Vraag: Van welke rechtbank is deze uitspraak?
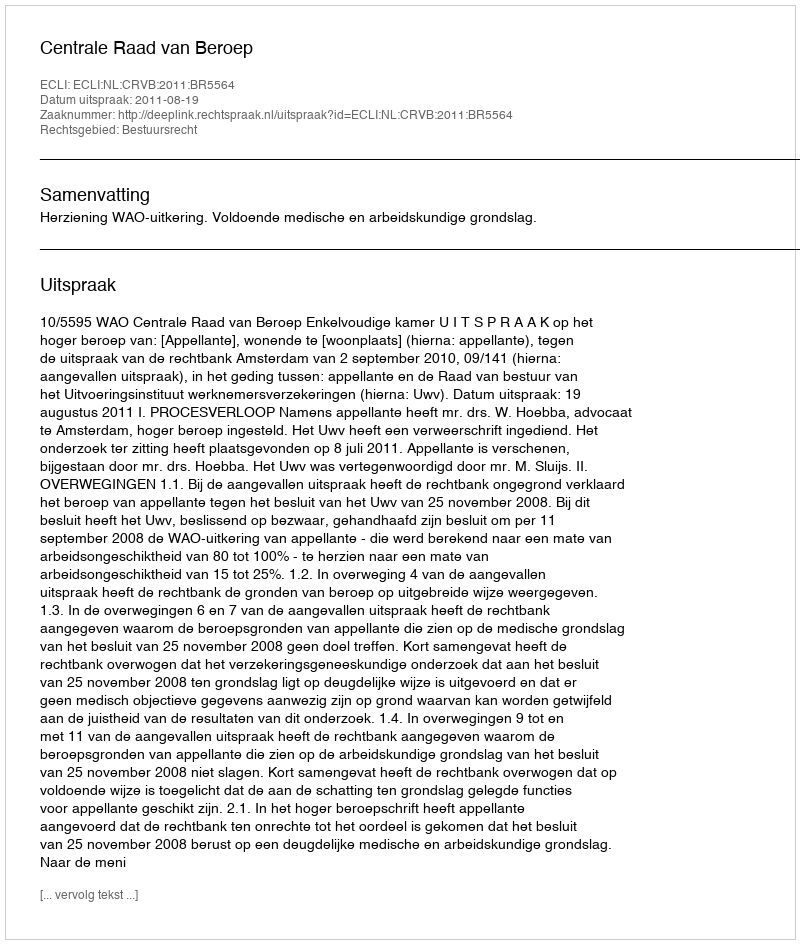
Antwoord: Centrale Raad van Beroep